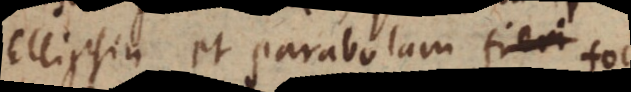
Ellipsin et Parabolam fieri